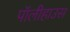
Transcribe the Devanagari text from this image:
पॉलीहाउस